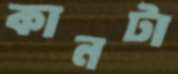
কানটা